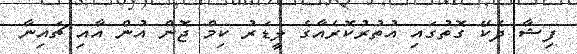
ފިޝާ ދެކޭ ގޮތުގައި އުތުރުކޮރެއާގެ ލީޑަރު ކިމް ޖޮން އުން އާއި ޗައިނާ